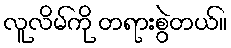
လူလိမ်ကို တရားစွဲတယ်။